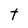
Character: t